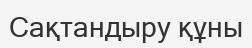
Сақтандыру құны